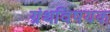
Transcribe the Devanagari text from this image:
ग्रंथविषयक